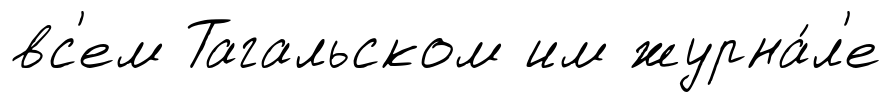
вс'ем Тагальском им журна́л'е